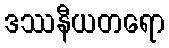
ဒဿနီယတရော